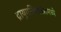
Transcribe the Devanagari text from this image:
द्रायुगतिशास्त्रामध्ये